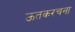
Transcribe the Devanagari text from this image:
ऊतकरचना